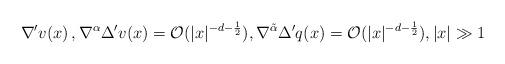
LaTeX: \begin{align*} \nabla' v (x)\,, \nabla^\alpha \Delta' v (x) = \mathcal{O}(|x|^{-d-\frac12}), \nabla^{\tilde \alpha} \Delta' q (x) = \mathcal{O}(|x|^{-d-\frac12}), |x|\gg 1\end{align*}